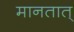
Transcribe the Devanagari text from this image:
मानतात्